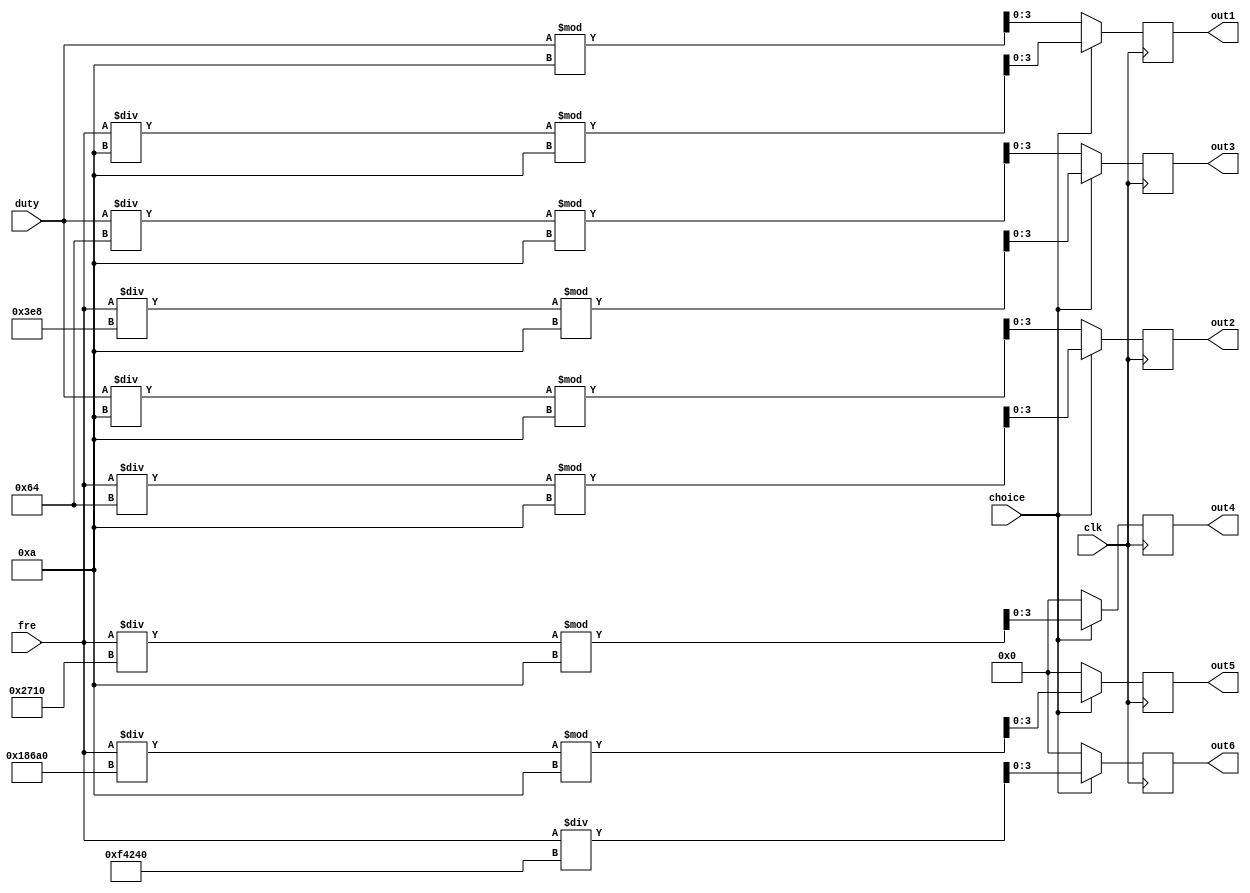
/******************************************************************************************
Author:  
E-mail 1390000666@qq.com
Device:  DSE-EP2C5
Tool:    Quartus 9.0
Function:
Version: 2022-4-7 v1.0
********************************************************************************************/
module print(clk,fre,duty,choice,out1,out2,out3,out4,out5,out6);
input clk,choice;
input [19:0] fre;
input [6:0] duty;
output reg [3:0] out1,out2,out3,out4,out5,out6;

always @(posedge clk)
	begin
        if(choice)  begin
            out6 = fre/1000000;
            out5 = fre/100000 % 10;
            out4 = fre/10000 % 10;
            out3 = fre/1000 % 10;
            out2 = fre/100 % 10;
            out1 = fre/10 % 10; 
        end
        else begin
			out6 = 0;
            out5 = 0;
            out4 = 0;
            out3 = duty/100 % 10;
            out2 = duty/10 % 10;
            out1 = duty % 10;
        end
	end

endmodule